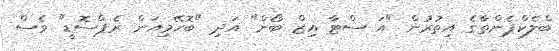
ބްލެކްޕެންތާގެ އިތުރުން "އަ ސްޓާ އިޒް ބޯން" އަދި "ބޮހޭމިއަން ރެޕްސޮޑީ" ވެސް